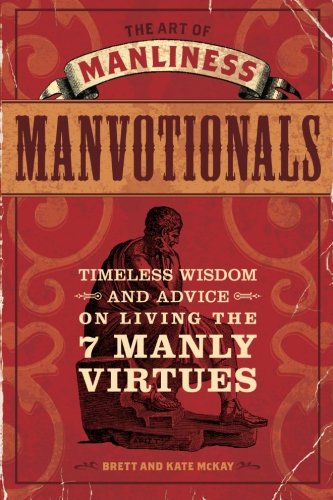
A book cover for The Art of Manliness - Manvotionals: Timeless Wisdom and Advice on Living the 7 Manly Virtues; Brett McKay; Reference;